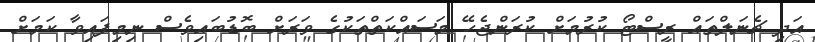
އަދި ޗެނަލްތައް ރީސްޓޯ ކުރުމަށް ކުރަންޖެހޭ މަސައްކަތްތަކުގެ ވަރަށް ބޮޑުބައިވެސް ނިމިފައިވާ ކަމަށް